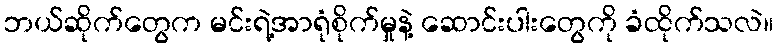
ဘယ်ဆိုက်တွေက မင်းရဲ့အာရုံစိုက်မှုနဲ့ ဆောင်းပါးတွေကို ခံထိုက်သလဲ။